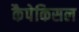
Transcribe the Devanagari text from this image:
कैपेकिसल